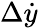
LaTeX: \Delta\dot{y}